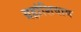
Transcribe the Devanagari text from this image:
ग्रहांशिवाय